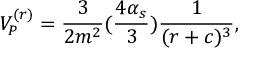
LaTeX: V _ { P } ^ { ( r ) } = { \frac { 3 } { 2 m ^ { 2 } } } ( { \frac { 4 \alpha _ { s } } { 3 } } ) { \frac { 1 } { ( r + c ) ^ { 3 } } } ,